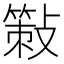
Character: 𢿸